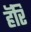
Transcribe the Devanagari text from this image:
हॅरि